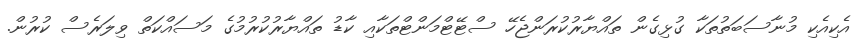
އެކިއެކި މުނާސަބަތުތަކާ ގުޅިގެން ތައްޔާރުކުރަންޖެހޭ ސްޓޭޓްމަންޓްތަކާއި ކާޑު ތައްޔާރުކުރުމުގެ މަސައްކަތް ވިލަރެސް ކުރުން.